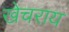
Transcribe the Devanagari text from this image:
खेचराय